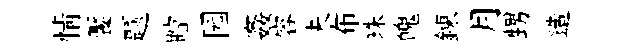
情饜题瞠园姦容夫布珠魄錬月甥造